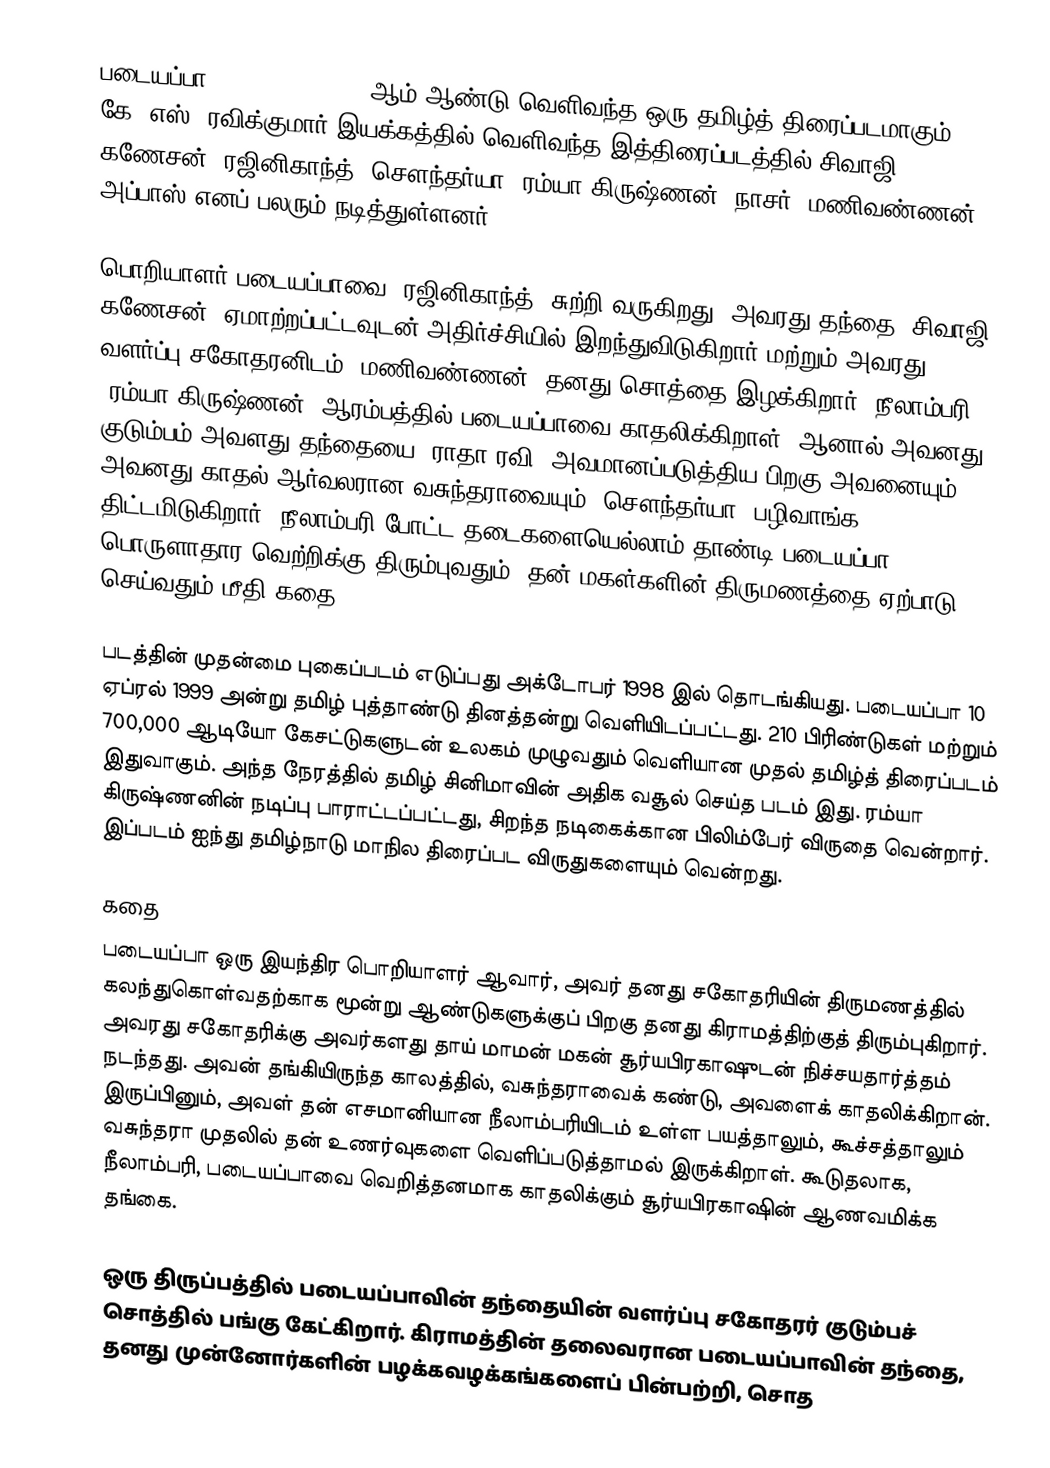
படையப்பா (Padayappa) 1999 ஆம் ஆண்டு வெளிவந்த ஒரு  தமிழ்த் திரைப்படமாகும். கே. எஸ். ரவிக்குமார் இயக்கத்தில் வெளிவந்த இத்திரைப்படத்தில் சிவாஜி கணேசன், ரஜினிகாந்த், சௌந்தர்யா, ரம்யா கிருஷ்ணன், நாசர், மணிவண்ணன், அப்பாஸ் எனப் பலரும் நடித்துள்ளனர்.

பொறியாளர் படையப்பாவை (ரஜினிகாந்த்) சுற்றி வருகிறது, அவரது தந்தை (சிவாஜி கணேசன்) ஏமாற்றப்பட்டவுடன் அதிர்ச்சியில் இறந்துவிடுகிறார் மற்றும் அவரது வளர்ப்பு சகோதரனிடம் (மணிவண்ணன்) தனது சொத்தை இழக்கிறார்.  நீலாம்பரி (ரம்யா கிருஷ்ணன்) ஆரம்பத்தில் படையப்பாவை காதலிக்கிறாள், ஆனால் அவனது குடும்பம் அவளது தந்தையை (ராதா ரவி) அவமானப்படுத்திய பிறகு அவனையும் அவனது காதல் ஆர்வலரான வசுந்தராவையும் (சௌந்தர்யா) பழிவாங்க திட்டமிடுகிறார்.  நீலாம்பரி போட்ட தடைகளையெல்லாம் தாண்டி படையப்பா பொருளாதார வெற்றிக்கு திரும்புவதும், தன் மகள்களின் திருமணத்தை ஏற்பாடு செய்வதும் மீதி கதை.

படத்தின் முதன்மை புகைப்படம் எடுப்பது அக்டோபர் 1998 இல் தொடங்கியது. படையப்பா 10 ஏப்ரல் 1999 அன்று தமிழ் புத்தாண்டு தினத்தன்று வெளியிடப்பட்டது.  210 பிரிண்டுகள் மற்றும் 700,000 ஆடியோ கேசட்டுகளுடன் உலகம் முழுவதும் வெளியான முதல் தமிழ்த் திரைப்படம் இதுவாகும்.  அந்த நேரத்தில் தமிழ் சினிமாவின் அதிக வசூல் செய்த படம் இது.  ரம்யா கிருஷ்ணனின் நடிப்பு பாராட்டப்பட்டது, சிறந்த நடிகைக்கான பிலிம்பேர் விருதை வென்றார்.  இப்படம் ஐந்து தமிழ்நாடு மாநில திரைப்பட விருதுகளையும் வென்றது.

கதை
படையப்பா ஒரு இயந்திர பொறியாளர் ஆவார், அவர் தனது சகோதரியின் திருமணத்தில் கலந்துகொள்வதற்காக மூன்று ஆண்டுகளுக்குப் பிறகு தனது கிராமத்திற்குத் திரும்புகிறார்.  அவரது சகோதரிக்கு அவர்களது தாய் மாமன் மகன் சூர்யபிரகாஷுடன் நிச்சயதார்த்தம் நடந்தது.  அவன் தங்கியிருந்த காலத்தில், வசுந்தராவைக் கண்டு, அவளைக் காதலிக்கிறான்.  இருப்பினும், அவள் தன் எசமானியான நீலாம்பரியிடம் உள்ள பயத்தாலும், கூச்சத்தாலும் வசுந்தரா முதலில் தன் உணர்வுகளை வெளிப்படுத்தாமல் இருக்கிறாள்.  கூடுதலாக, நீலாம்பரி, படையப்பாவை வெறித்தனமாக காதலிக்கும் சூர்யபிரகாஷின் ஆணவமிக்க தங்கை.

ஒரு திருப்பத்தில் படையப்பாவின் தந்தையின் வளர்ப்பு சகோதரர் குடும்பச் சொத்தில் பங்கு கேட்கிறார். கிராமத்தின் தலைவரான படையப்பாவின் தந்தை, தனது முன்னோர்களின் பழக்கவழக்கங்களைப் பின்பற்றி, சொத